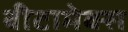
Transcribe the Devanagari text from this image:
बीटामेक्स